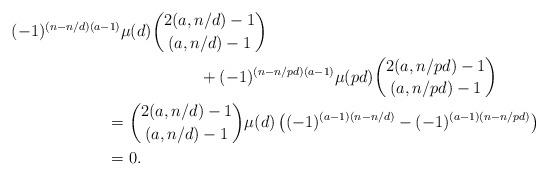
LaTeX: \begin{align*}(-1)^{(n-n/d)(a-1)}&\mu(d)\binom{2(a,n/d)-1}{(a,n/d)-1}\\&\kern2cm+(-1)^{(n-n/pd)(a-1)}\mu(pd)\binom{2(a,n/pd)-1}{(a,n/pd)-1}\\&\kern-10pt=\binom{2(a,n/d)-1}{(a,n/d)-1}\mu(d)\left((-1)^{(a-1)(n-n/d)}-(-1)^{(a-1)(n-n/pd)}\right)\\&\kern-10pt=0.\end{align*}